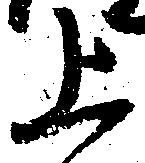
上